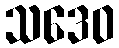
သဒေဝ